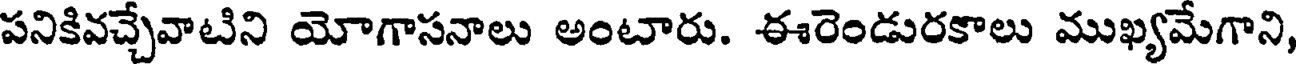
పనికివచ్చేవాటిని యోగాసనాలు అంటారు. ఈరెండురకాలు ముఖ్యమేగాని,